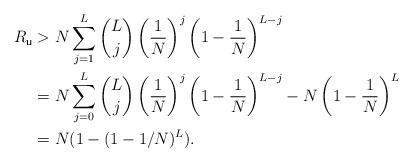
LaTeX: \begin{align*}R_{\mathsf{u}}&> N\sum_{j=1}^{L} \binom{L}{j} \left(\frac{1}{N}\right)^{j}\left(1-\frac{1}{N}\right)^{L-j}\\&=N\sum_{j=0}^{L} \binom{L}{j} \left(\frac{1}{N}\right)^{j}\left(1-\frac{1}{N}\right)^{L-j} - N\left(1-\frac{1}{N}\right)^{L}\\&=N(1-(1-1/N)^L).\end{align*}